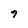
Character: 9